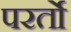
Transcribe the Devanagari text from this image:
परर्तो